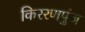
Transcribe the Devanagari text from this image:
किररणपुंज